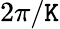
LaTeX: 2\pi/\mathtt{K}